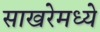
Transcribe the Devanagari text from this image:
साखरेमध्ये